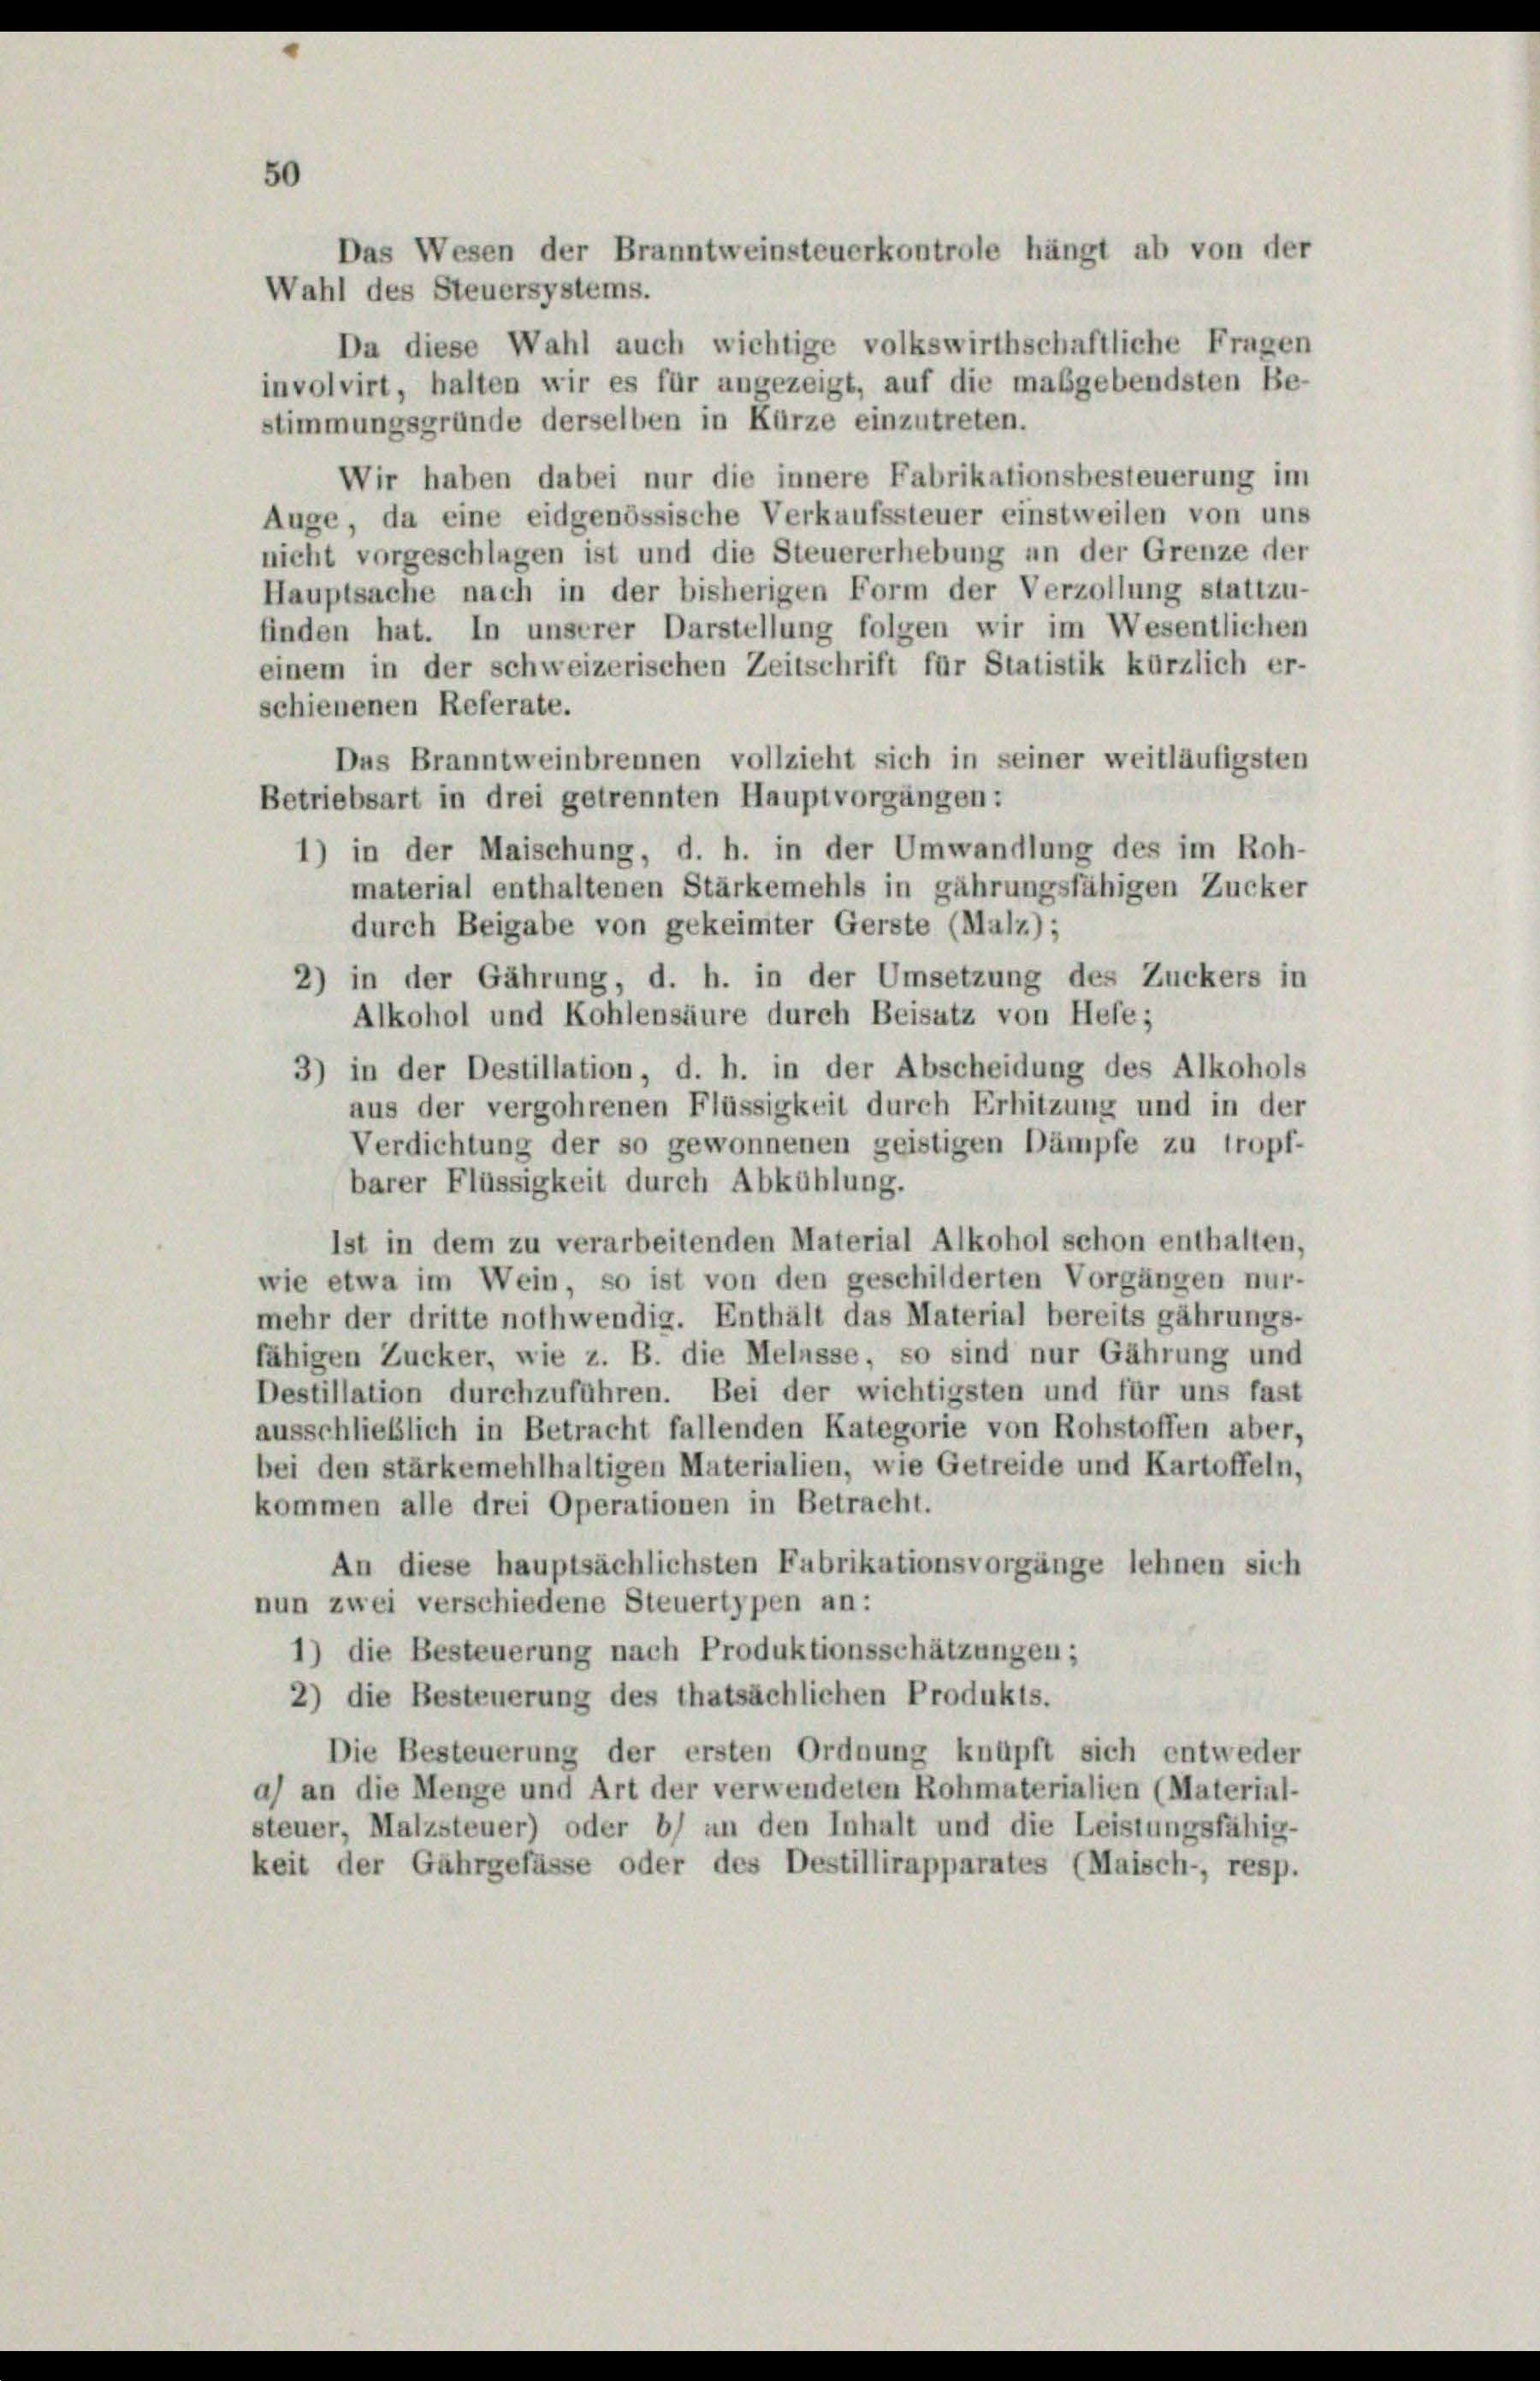
50

Das Wesen der Branntweinsteuerkontrole hängt ab von der

Wahl des Steuersystems.
Da diese Wahl auch wichtige volkswirthschaftliche Fragen
involvirt, halten wir es für angezeigt, auf die maßgebendsten Be-
stimmungsgründe derselben in Kürze einzutreten.
Wir haben dabei nur die innere Fabrikationsbesteuerung im
Auge, da eine eidgenössische Verkaufssteuer einstweilen von uns
nicht vorgeschlagen ist und die Steuererhebung an der Grenze der
Hauptsache nach in der bisherigen Form der Verzollung stattzu-
finden hat. In unserer Darstellung folgen wir im Wesentlichen
einem in der schweizerischen Zeitschrift für Statistik kürzlich er-
schienenen Referate.
Das Branntweinbrennen vollzieht sich in seiner weitläufigsten
Betriebsart in drei getrennten Hauptvorgängen:
1) in der Maischung, d. h. in der Umwandlung des im Roh-
material enthaltenen Stärkemehls in gährungsfähigen Zucker
durch Beigabe von gekeimter Gerste (Malz);
2) in der Gährung, d. h. in der Umsetzung des Zuckers in
Alkohol und Kohlensäure durch Beisatz von Hefe;
3) in der Destillation, d. h. in der Abscheidung des Alkohols
aus der vergohrenen Flüssigkeit durch Erhitzung und in der
Verdichtung der so gewonnenen geistigen Dämpfe zu tropf-
barer Flüssigkeit durch Abkühlung.
ist in dem zu verarbeitenden Material Alkohol schon enthalten,
wie etwa im Wein, so ist von den geschilderten Vorgängen nur-
mehr der dritte nothwendig. Enthält das Material bereits gährungs-
fähigen Zucker, wie z. B. die Melasse, so sind nur Gährung und
Destillation durchzuführen. Bei der wichtigsten und für uns fast
ausschließlich in Betracht fallenden Kategorie von Rohstoffen aber,
bei den stärkemehlhaltigen Materialien, wie Getreide und Kartoffeln,
kommen alle drei Operationen in Betracht.
An diese hauptsächlichsten Fabrikationsvorgänge lehnen sich
nun zwei verschiedene Steuertypen an:
1) die Besteuerung nach Produktionsschätzungen;
2) die Besteuerung des thatsächlichen Produkts.
Die Besteuerung der ersten Ordnung knüpft sich entweder
a) an die Menge und Art der verwendeten Rohmaterialien (Material-
steuer, Malzsteuer) oder b) an den Inhalt und die Leistungsfähig-
keit der Gährgefässe oder des Destillirapparates (Maisch-, resp.